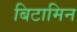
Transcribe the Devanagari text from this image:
बिटामिन